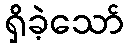
ရှိခဲ့သော်